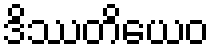
ဒိဿတိယေဝ